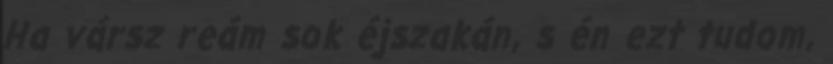
Ha vársz reám sok éjszakán, s én ezt tudom,